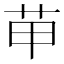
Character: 𦭖